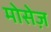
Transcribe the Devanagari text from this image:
मोसेज़